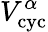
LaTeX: V_{\mathrm{cyc}}^{\alpha}